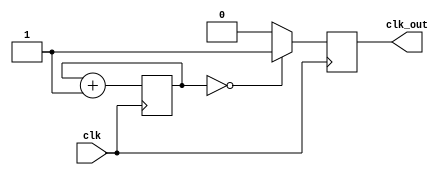
module Frequency_Synthesizer (
    input wire clk,
    output reg clk_out
);

reg [31:0] count = 0;

always @(posedge clk) begin
    if (count == 0) begin
        clk_out <= 1'b1;
    end else begin
        clk_out <= 1'b0;
    end

    count <= count + 1;
end

endmodule